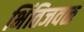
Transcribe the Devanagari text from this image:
भिंतिजवळ